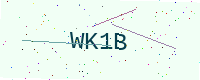
Text: WK1B